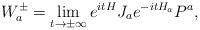
LaTeX: \begin{align*}W_a^\pm=\lim_{t\to\pm\infty}e^{itH}J_ae^{-itH_a}P^a,\end{align*}